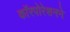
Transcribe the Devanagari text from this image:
काॅरपोरेशनने